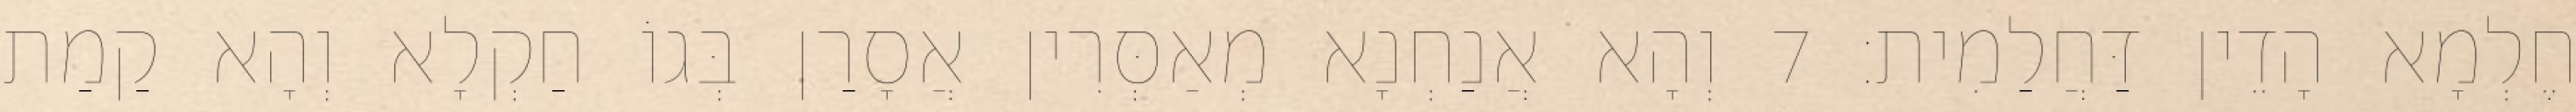
חֶלְמָא הָדֵין דַּחֲלַמִית׃ 7 וְהָא אֲנַחְנָא מְאַסְּרִין אֲסָרַן בְּגוֹ חַקְלָא וְהָא קַמַת